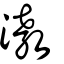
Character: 漖